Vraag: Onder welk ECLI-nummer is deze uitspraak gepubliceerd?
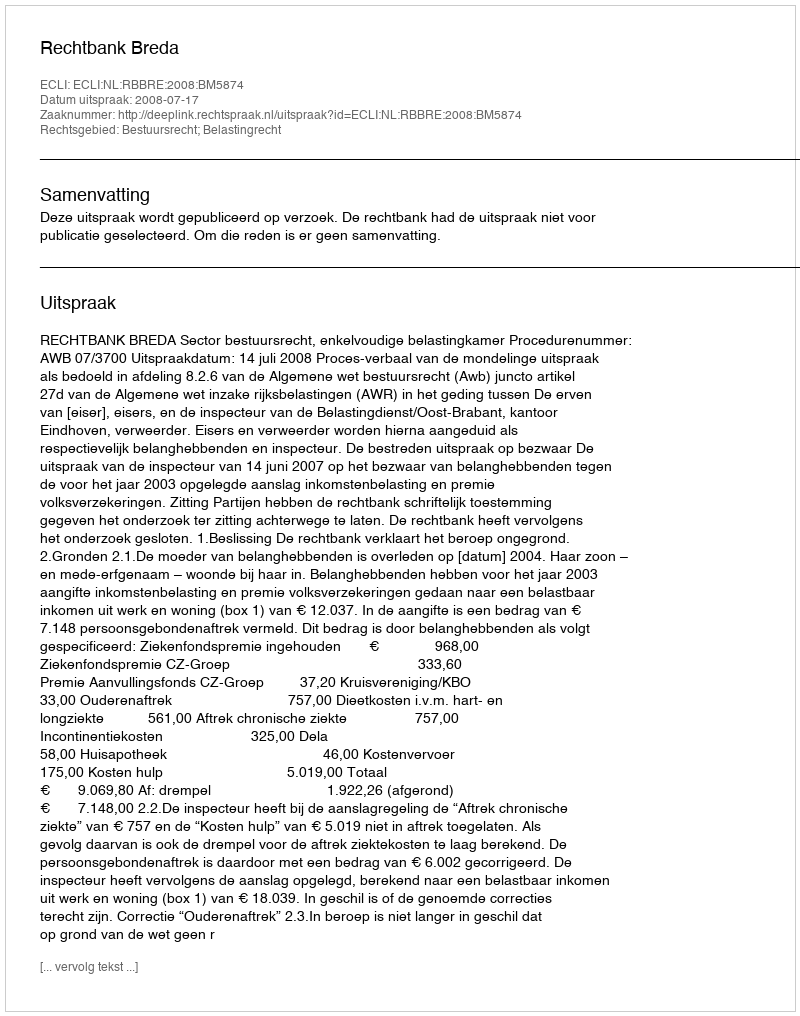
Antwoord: ECLI:NL:RBBRE:2008:BM5874